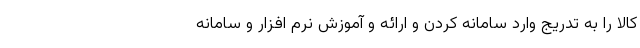
کالا را به تدریج وارد سامانه کردن و ارائه و آموزش نرم افزار و سامانه